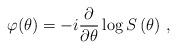
LaTeX: \begin{align*}\varphi (\theta )=-i\frac{\partial }{\partial \theta }\log S\left( \theta \right)\,,\end{align*}